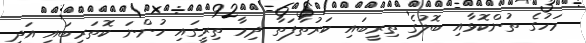
މަހުގެ ތުންކޮޅާއި ބޮލުގެ ތިރީބައި ކަރުތާފަތާ ދިމާ ތިރީގައި ހުންނަ ކޮތަރިބައި އަދި